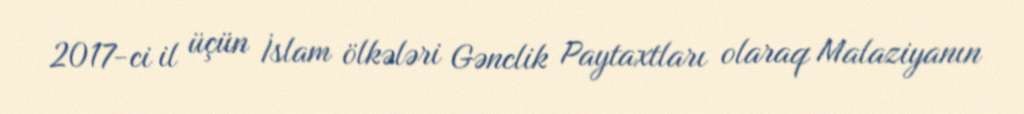
2017-ci il üçün İslam ölkələri Gənclik Paytaxtları olaraq Malaziyanın